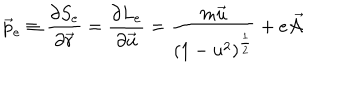
LaTeX: \vec { p } _ { e } \equiv \frac { \partial S _ { e } } { \partial \vec { r } } = \frac { \partial L _ { e } } { \partial \vec { u } } = \frac { m \vec { u } } { ( 1 - u ^ { 2 } ) ^ { \frac { 1 } { 2 } } } + e \vec { { \cal A } }